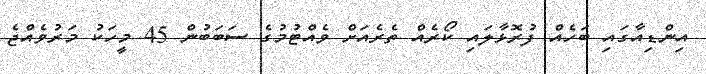
އިންޑިއާގައި ބަހެއް ފުރޮޅާލައި ކޯރެއް ތެރެއަށް ވެއްޓުމުގެ ސަބަބުން 45 މީހަކު މަރުވެއްޖެ